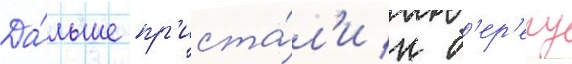
Да́льше пр'иста́л'и к б'ер'егу